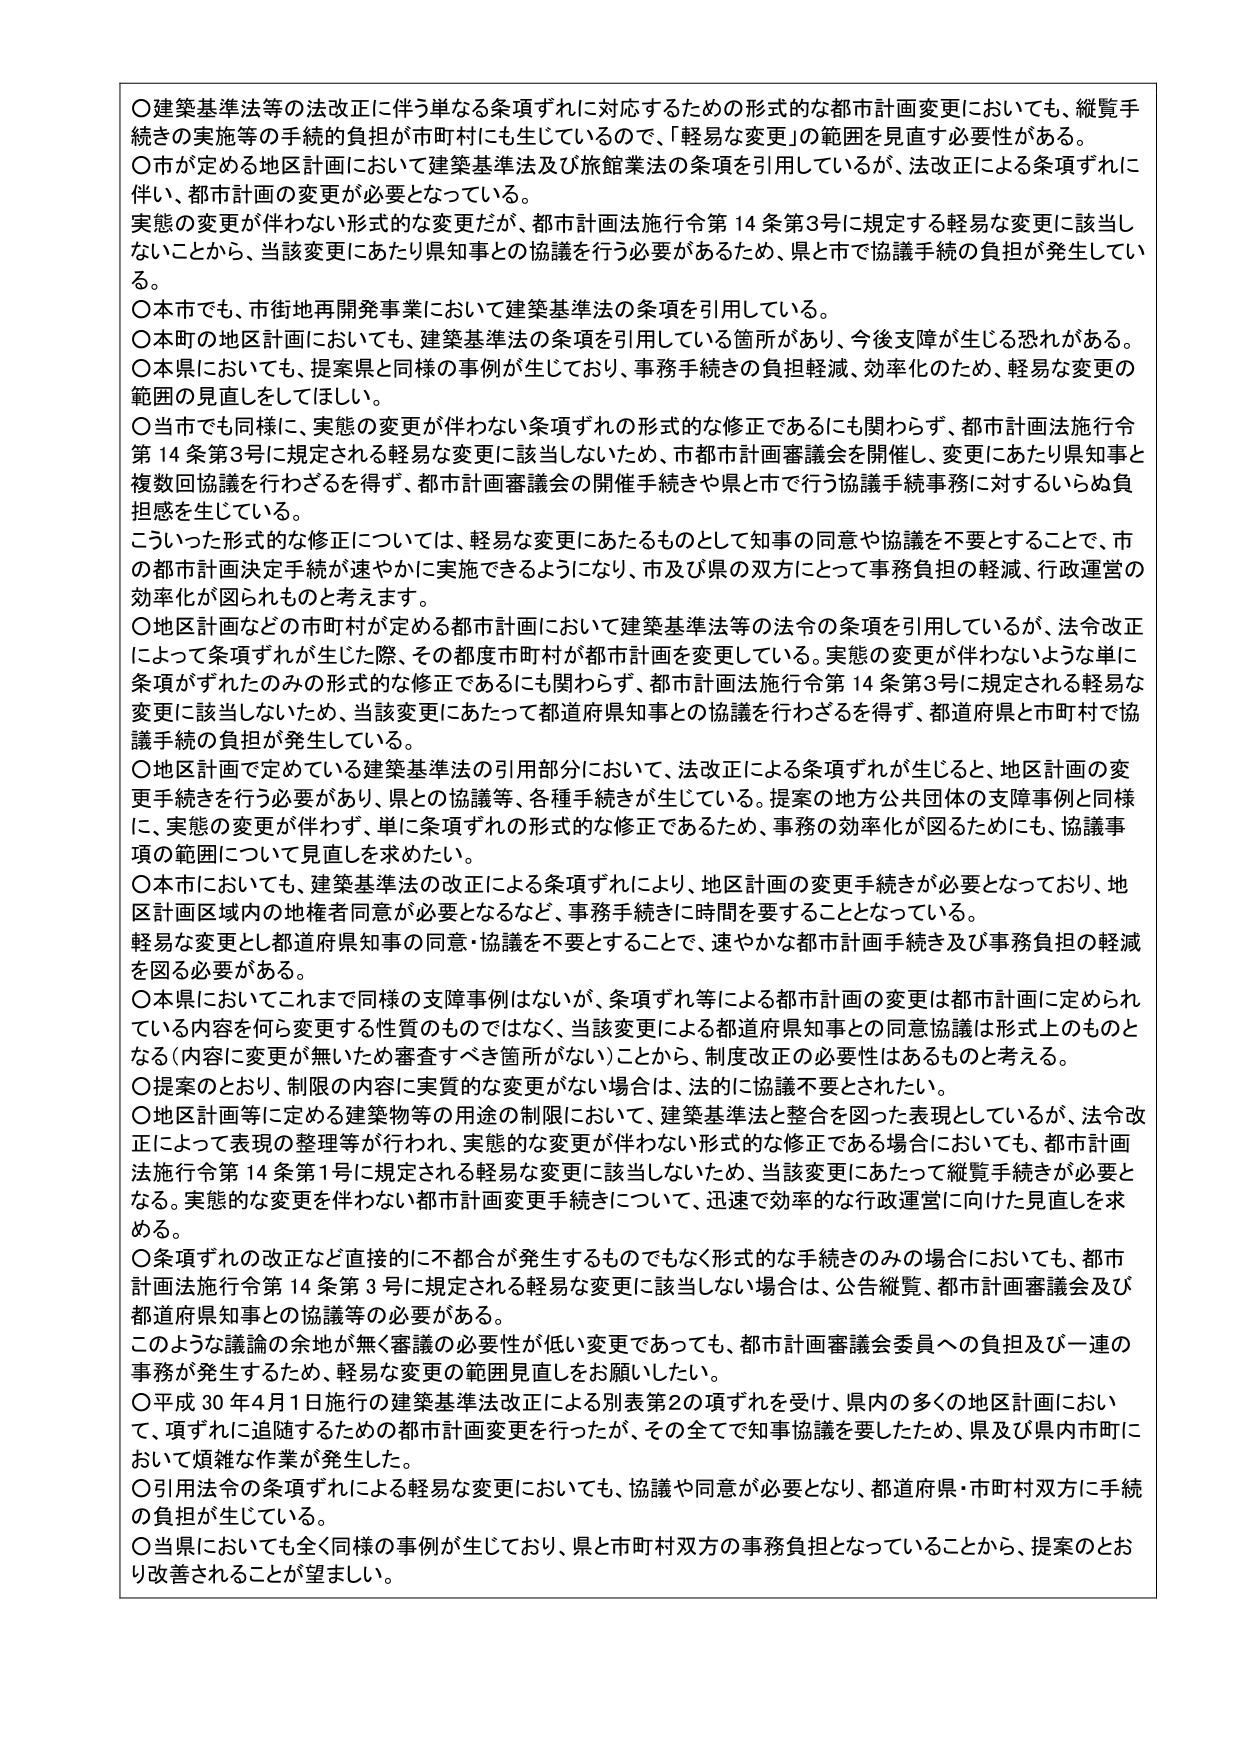
〇建築基準法等の法改正に伴う単なる条項ずれに対応するための形式的な都市計画変更においても、縦覧手続きの実施等の手続の負担が市町村にも生じているので、「軽易な変更」の範囲を見直す必要性がある。
〇市が定める地区計画において建築基準法及び旅館業法の条項を引用しているが、法改正による条項ずれに伴い、都市計画の変更が必要となっている。
実態の変更が伴わない形式的な変更だが、都市計画法施行令第14条第3号に規定する軽易な変更に該当しないことから、当該変更にあたり県知事との協議を行う必要があるため、県と市で協議手続の負担が発生している。
〇本市でも、市街地再開発事業において建築基準法の条項を引用している。
〇本町の地区計画においても、建築基準法の条項を引用している箇所があり、今後支障が生じる恐れがある。
〇本県においても、提案県と同様の事例が生じており、事務手続きの負担軽減、効率化のため、軽易な変更の範囲の見直しをしてほしい。
〇当市でも同様に、実態の変更が伴わない条項ずれの形式的な修正であるにも関わらず、都市計画法施行令第14条第3号に規定される軽易な変更に該当しないため、市都市計画審議会を開催し、変更にあたり県知事と複数回協議を行わざるを得ず、都市計画審議会の開催手続きや県と市で行う協議手続事務に対するいらぬ負担感を生じている。
こういった形式的な修正については、軽易な変更にあたるものとして知事の同意や協議を不要とすることで、市の都市計画決定手続が速やかに実施できるようになり、市及び県の双方にとって事務負担の軽減、行政運営の効率化が図られるものと考えます。
〇地区計画などの市町村が定める都市計画において建築基準法等の法令の条項を引用しているが、法令改正によって条項ずれが生じた際、その都度市町村が都市計画を変更している。実態の変更が伴わないような単に条項がずれたのみの形式的な修正であるにも関わらず、都市計画法施行令第14条第3号に規定される軽易な変更に該当しないため、当該変更にあたって都道府県知事との協議を行わざるを得ず、都道府県と市町村で協議手続の負担が発生している。
〇地区計画で定めている建築基準法の引用部分において、法改正による条項ずれが生じると、地区計画の変更手続きを行う必要があり、県との協議等、各種手続きが生じている。提案の地方公共団体の支援事例と同様に、実態の変更が伴わず、単に条項ずれの形式的な修正であるため、事務の効率化が図るためにも、協議事項の範囲について見直しを求めたい。
〇本市においても、建築基準法の改正による条項ずれにより、地区計画の変更手続きが必要となっており、地区計画区域内の地権者同意が必要となるなど、事務手続きに時間を要することとなっている。
軽易な変更とし都道府県知事の同意・協議を不要とすることで、速やかな都市計画手続き及び事務負担の軽減を図る必要がある。
〇本県においてこれまで同様の支援事例はないが、条項ずれ等による都市計画の変更は都市計画に定められている内容を何ら変更する性質のものではなく、当該変更による都道府県知事との同意協議は形式上のものとなる（内容に変更が無いため審査すべき箇所がない）ことから、制度改正の必要性はあるものと考える。
〇提案のとおり、制限の内容に実質的な変更がない場合は、法的に協議を不要とされたい。
〇地区計画等に定める建築物等の用途の制限において、建築基準法と整合を図った表現としているが、法令改正によって表現の整理等が行われ、実態的な変更が伴わない形式的な修正である場合においても、都市計画法施行令第14条第1号に規定される軽易な変更に該当しないため、当該変更にあたって縦覧手続きが必要となる。実態的な変更を伴わない都市計画変更手続きについて、迅速で効率的な行政運営に向けた見直しを求める。
〇条項ずれの改正など直接的に不都合が発生するものでもなく形式的な手続きのみの場合においても、都市計画法施行令第14条第3号に規定される軽易な変更に該当しない場合は、公告縦覧、都市計画審議会及び都道府県知事との協議等の必要がある。
このような議論の余地が無く審議の必要性が低い変更であっても、都市計画審議会委員への負担及び一連の事務が発生するため、軽易な変更の範囲見直しをお願いしたい。
〇平成30年4月1日施行の建築基準法改正による別表第2の項ずれを受け、県内の多くの地区計画において、項ずれに追随するための都市計画変更を行ったが、その全てで知事協議を要したため、県及び県内市町において煩雑な作業が発生した。
〇引用法令の条項ずれによる軽易な変更においても、協議や同意が必要となり、都道府県・市町村双方に手続の負担が生じている。
〇当県においても全く同様の事例が生じており、県と市町村双方の事務負担となっていることから、提案のとおり改善されることが望ましい。